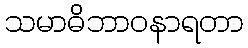
သမာဓိဘာဝနာရတာ